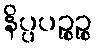
နိပ္ပပဉ္စဉ္စ